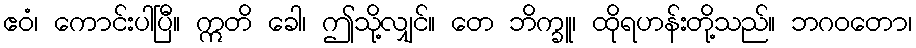
ဧဝံ၊ ကောင်းပါပြီ။ ဣတိ ခေါ၊ ဤသို့လျှင်။ တေ ဘိက္ခူ၊ ထိုရဟန်းတို့သည်။ ဘဂဝတော၊